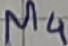
Text: M4